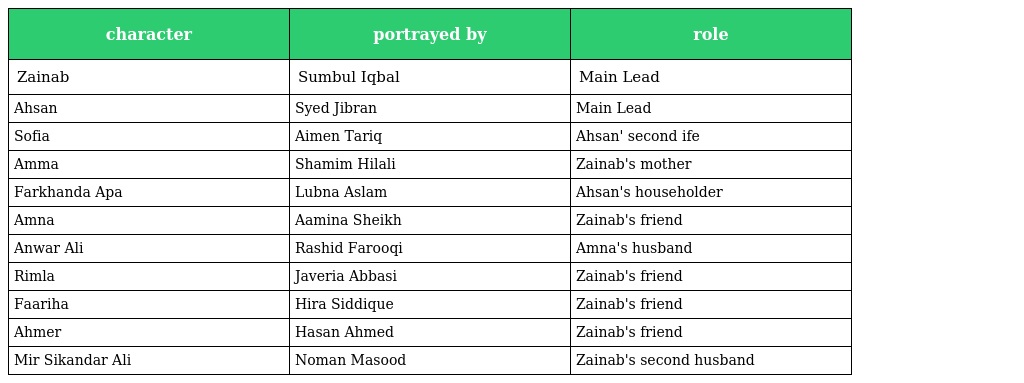
| character | portrayed by | role |
 | --- | --- | --- |
 | Zainab | Sumbul Iqbal | Main Lead |
 | Ahsan | Syed Jibran | Main Lead |
 | Sofia | Aimen Tariq | Ahsan' second ife |
 | Amma | Shamim Hilali | Zainab's mother |
 | Farkhanda Apa | Lubna Aslam | Ahsan's householder |
 | Amna | Aamina Sheikh | Zainab's friend |
 | Anwar Ali | Rashid Farooqi | Amna's husband |
 | Rimla | Javeria Abbasi | Zainab's friend |
 | Faariha | Hira Siddique | Zainab's friend |
 | Ahmer | Hasan Ahmed | Zainab's friend |
 | Mir Sikandar Ali | Noman Masood | Zainab's second husband |